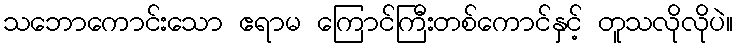
သဘောကောင်းသော ဧရာမ ကြောင်ကြီးတစ်ကောင်နှင့် တူသလိုလိုပဲ။